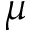
\mu